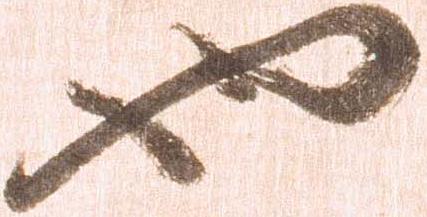
也